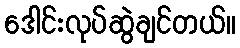
ဒေါင်းလုပ်ဆွဲချင်တယ်။